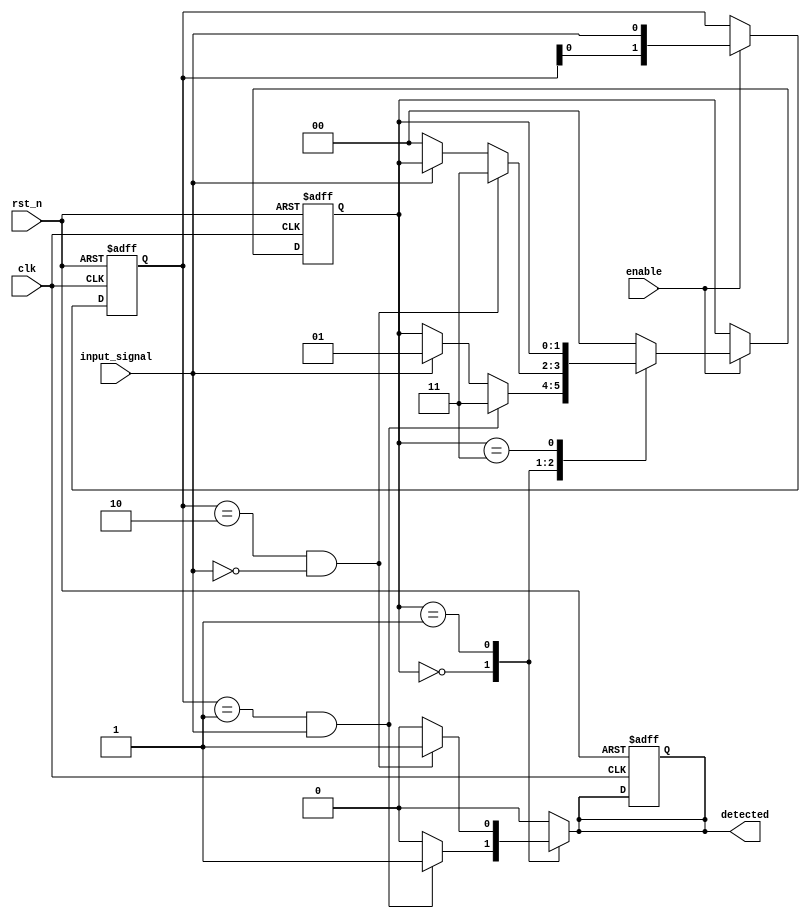
module pattern_detector (
    input wire clk,           // Clock signal
    input wire rst_n,        // Asynchronous reset (active low)
    input wire enable,       // Enable signal for detection
    input wire input_signal,  // Input signal to monitor
    output reg detected       // Output signal indicating pattern detection
);

    // Parameters for states
    parameter IDLE = 2'b00;
    parameter STATE1 = 2'b01;
    parameter STATE2 = 2'b10;
    parameter DETECTED = 2'b11;

    // State registers
    reg [1:0] current_state, next_state;

    // Memory block to store previous input states
    reg [1:0] memory; // 2-bit memory to store last two input states

    // Sequential logic: State transition
    always @(posedge clk or negedge rst_n) begin
        if (!rst_n) begin
            current_state <= IDLE;
            memory <= 2'b00;
            detected <= 1'b0;
        end else if (enable) begin
            current_state <= next_state;
            memory <= {memory[0], input_signal}; // Shift in the new input
        end
    end

    // Combinational logic: Next state and detection logic
    always @(*) begin
        // Default values
        next_state = current_state;
        detected = 1'b0;

        case (current_state)
            IDLE: begin
                if (memory == 2'b01 && input_signal == 1'b1) begin // Pattern: 01 -> 1
                    next_state = DETECTED;
                    detected = 1'b1; // Detected pattern
                end else if (input_signal == 1'b1) begin
                    next_state = STATE1;
                end
            end

            STATE1: begin
                if (memory == 2'b10 && input_signal == 1'b0) begin // Pattern: 10 -> 0
                    next_state = DETECTED;
                    detected = 1'b1; // Detected pattern
                end else if (input_signal == 1'b0) begin
                    next_state = IDLE;
                end
            end

            DETECTED: begin
                // Stay in DETECTED state until reset
                if (!enable) begin
                    next_state = IDLE; // Reset state on disable
                end
            end

            default: next_state = IDLE; // Default to IDLE state
        endcase
    end

endmodule